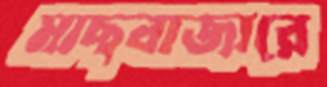
মাছবাজারে